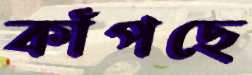
কাঁপছে